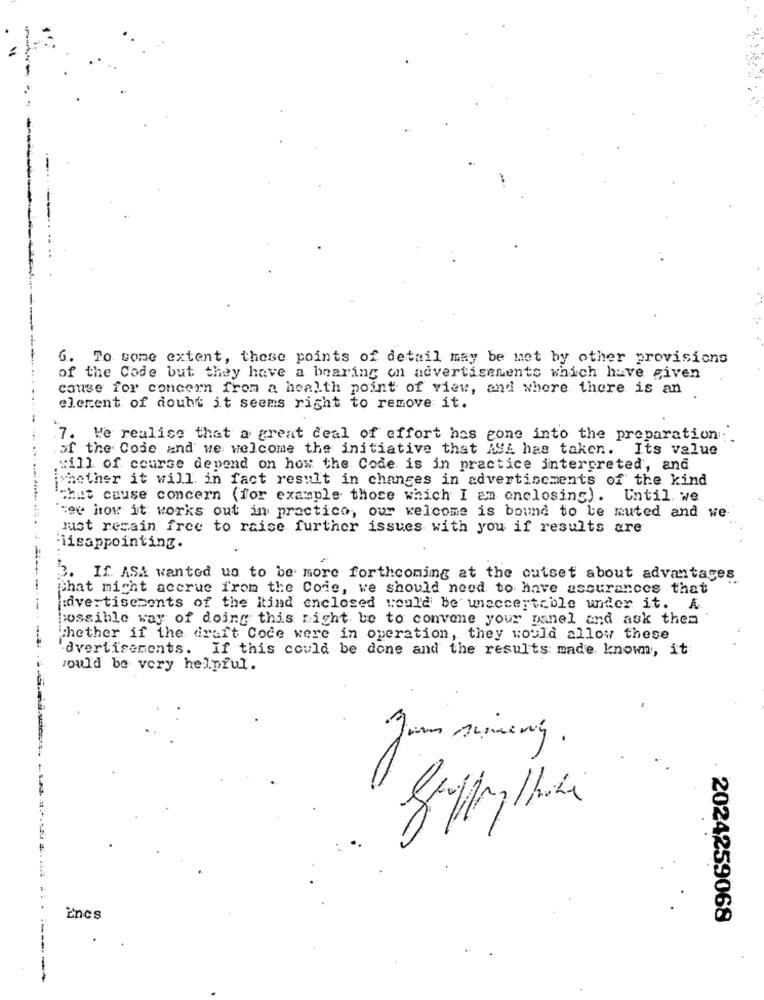
6. To some extent, these points of detail may be het by other provisions
of the Code but they have a bearing on advertisements which have given
cause for concern from a health point of view, and where there is an
element of doubt it seems right to remove it.
7. We realise that a great deal of effort has gone into the preparation
of the Code and we welcome the initiative that ASL has taken. Its value
will of course depend on how the Code is in practice interpreted, and
whether it will in fact result in changes in advertisements of the kind
That cause concern (for example those which I am enclosing). Until we
'see how it works out in practico, our welcome is bound to le muted and we
just recain free to raise further issues with you if results are
iisappointing.
3. If. ASA wanted us to be more forthcoming at the outset about advantages
Chat micht accrue from the Coie, we should need to have assurances that
advertisements of the itind enclosed would be unacceptable under it. A
possible way of doing this night be to convene your panel and ask them
thether if the draft Code were in operation, they would allow these
'dvertisements. If this could be done and the results made known, it
would be very helpful.
Jon sining.
Encs
2024259068